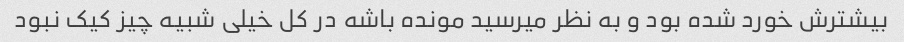
بیشترش خورد شده بود و به نظر میرسید مونده باشه در کل خیلی شبیه چیز کیک نبود